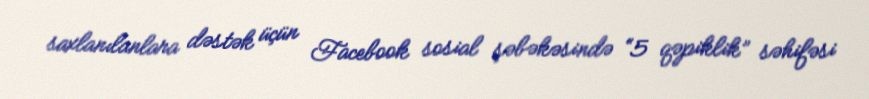
saxlanılanlara dəstək üçün Facebook sosial şəbəkəsində “5 qəpiklik” səhifəsi